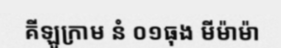
គីឡូក្រាម នំ ០១ធុង មីម៉ាម៉ា